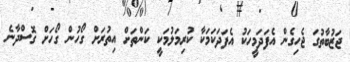
ޖަޒުބާތުގަ ޖެހިގެން އެފަދަމީހަކު އެފަދަކަމަކާ ކުރިމަލުމަކީ ކަންތަށް އިތުރަށް ގޯހުން ގޯހަށް ގޮސްދާނެ